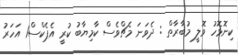
ކިނޮޅޮހު ވޮލީ މުބާރާތް : ދެވަނަ މެޗްވެސް ކާމިޔާބު ކުރީ އެޕެކްސް1 އަހަރު